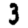
Digit: 3